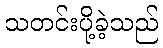
သတင်းပို့ခဲ့သည်